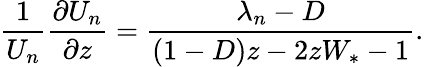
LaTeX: \frac{1}{U_{n}}\frac{\partial U_{n}}{\partial z}=\frac{\lambda_{n}-D}{(1-D)z-2zW_{*}-1}.